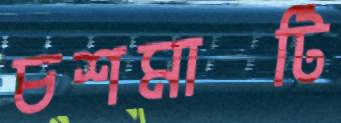
চশমাটি